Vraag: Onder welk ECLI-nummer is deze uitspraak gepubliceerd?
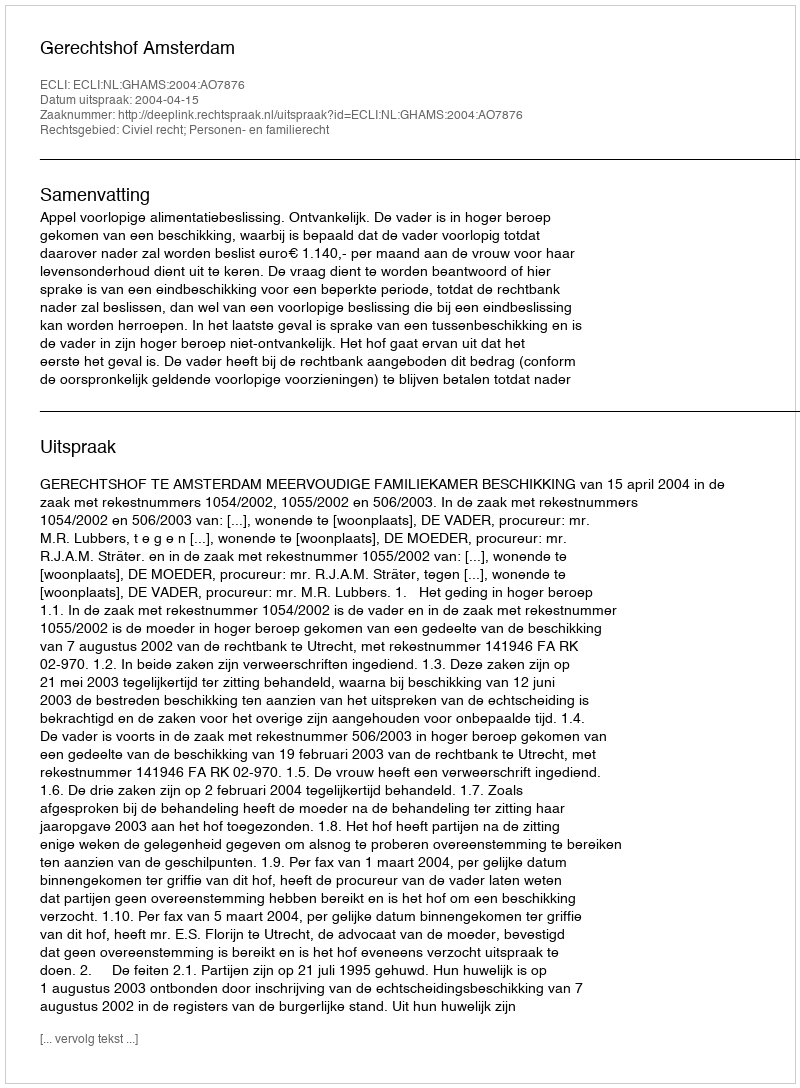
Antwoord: ECLI:NL:GHAMS:2004:AO7876